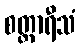
စတ္တာရီသံ